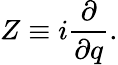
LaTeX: Z\equiv i\frac{\partial}{\partial q}.